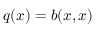
q ( x ) = b ( x , x )